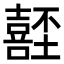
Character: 𡄂